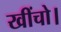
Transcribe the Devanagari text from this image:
खींचो।